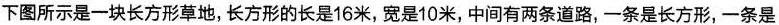
下图所示是一块长方形草地，长方形的长是16米，宽是10米，中间有两条道路，一条是长方形，一条是